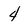
Character: 4